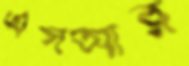
এসআর